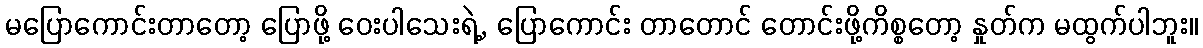
မပြောကောင်းတာတော့ ပြောဖို့ ဝေးပါသေးရဲ့, ပြောကောင်း တာတောင် တောင်းဖို့ကိစ္စတော့ နှုတ်က မထွက်ပါဘူး။